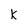
Character: K